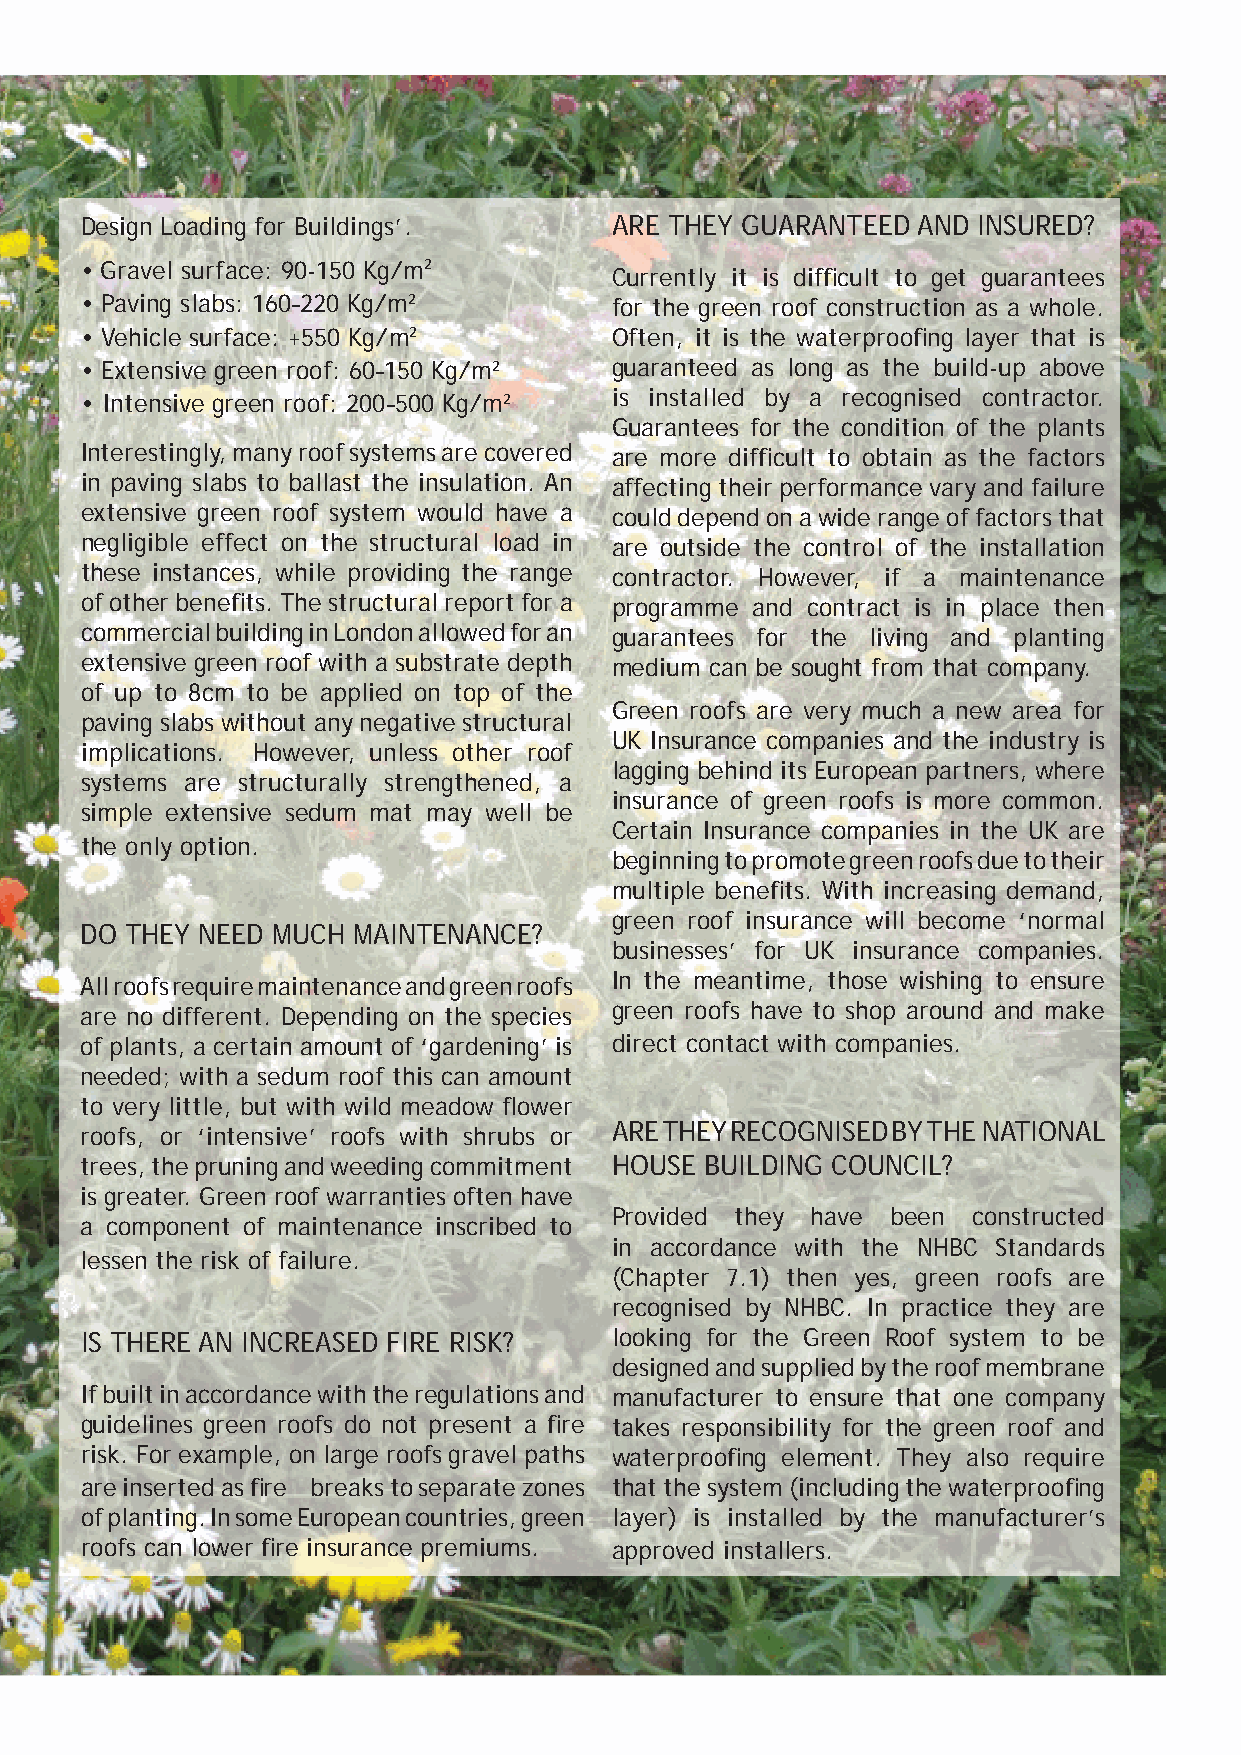
Design Loading for Buildings’.     ARE THEY GUARANTEED  AND INSURED?
 • Gravel surface: 90-150 Kg/m2
 Currently it is diffi cult to get guarantees
 • Paving slabs: 160–220 Kg/m2      for the green roof construction as a whole.
 • Vehicle surface: +550 Kg/m2      Often, it is the waterproofi ng layer that is
 • Extensive green roof: 60–150 Kg/m2 guaranteed as long as the build-up above
 • Intensive green roof: 200–500 Kg/m2 is installed by a recognised contractor.
 Guarantees for the condition of the plants
 Interestingly, many roof systems are covered are more diffi cult to obtain as the factors
 in paving slabs to ballast the insulation. An affecting their performance vary and failure
 extensive green roof system would have a could depend on a wide range of factors that
 negligible effect on the structural load in are outside the control of the installation
 these instances, while providing the range contractor. However, if a maintenance
 of other benefi ts. The structural report for a programme and contract is in place then
 commercial building in London allowed for an guarantees for the living and planting
 extensive green roof with a substrate depth medium can be sought from that company.
 of up to 8cm to be applied on top of the
 Green roofs are very much a new area for
 paving slabs without any negative structural
 UK Insurance companies and the industry is
 implications. However, unless other roof
 lagging behind its European partners, where
 systems are structurally strengthened, a
 insurance of green roofs is more common.
 simple extensive sedum mat may well be
 Certain Insurance companies in the UK are
 the only option.
 beginning to promote green roofs due to their
 multiple benefi ts. With increasing demand,
 green roof insurance will become ‘normal
 DO THEY NEED MUCH MAINTENANCE?
 businesses’ for UK insurance companies.
 All roofs require maintenance and green roofs In the meantime, those wishing to ensure
 are no different. Depending on the species green roofs have to shop around and make
 of plants, a certain amount of ‘gardening’ is direct contact with companies.
 needed; with a sedum roof this can amount
 to very little, but with wild meadow fl ower
 roofs, or ‘intensive’ roofs with shrubs or ARE THEY RECOGNISED BY THE NATIONAL
 trees, the pruning and weeding commitment HOUSE BUILDING COUNCIL?
 is greater. Green roof warranties often have
 Provided they have been constructed
 a component of maintenance inscribed to
 in accordance with the NHBC Standards
 lessen the risk of failure.
 (Chapter 7.1) then yes, green roofs are
 recognised by NHBC. In practice they are
 IS THERE AN INCREASED FIRE RISK?   looking for the Green Roof system to be
 designed and supplied by the roof membrane
 If built in accordance with the regulations and manufacturer to ensure that one company
 guidelines green roofs do not present a fi re takes responsibility for the green roof and
 risk. For example, on large roofs gravel paths waterproofi ng element. They also require
 are inserted as fi re breaks to separate zones that the system (including the waterproofi ng
 of planting. In some European countries, green layer) is installed by the manufacturer’s
 roofs can lower fi re insurance premiums. approved installers.